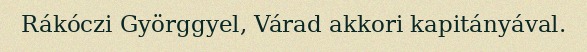
Rákóczi Györggyel, Várad akkori kapitányával.